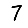
Digit: 7